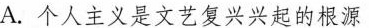
A.个人主义是文艺复兴兴起的根源